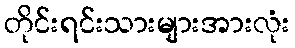
တိုင်းရင်းသားများအားလုံး